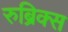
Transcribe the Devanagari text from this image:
रुब्रिक्स